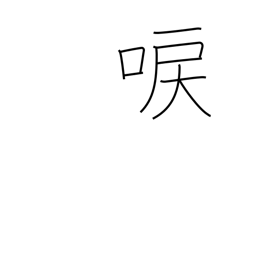
Meaning: droning of cicadas